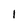
Character: 1